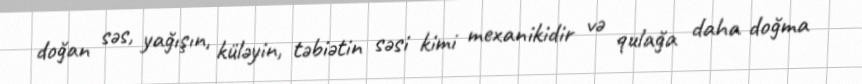
doğan səs, yağışın, küləyin, təbiətin səsi kimi mexanikidir və qulağa daha doğma